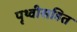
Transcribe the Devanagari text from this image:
पृथ्वीसहित